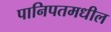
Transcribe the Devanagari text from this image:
पानिपतमधील